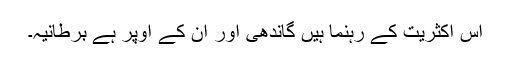
اس اکثریت کے رہنما ہیں گاندھی اور اُن کے اوپر ہے برطانیہ۔